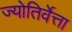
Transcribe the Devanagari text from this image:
ज्योतिर्वेत्ता